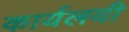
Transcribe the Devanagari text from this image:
कार्यलयी